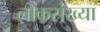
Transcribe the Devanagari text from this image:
लोकसंख्‍या